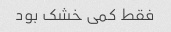
فقط کمی خشک بود